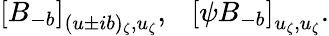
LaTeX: \left[B_{-b}\right]_{(u\pm ib)_{\zeta},u_{\zeta}},~~~\left[\psi B_{-b}\right]_{u_{\zeta},u_{\zeta}}.